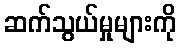
ဆက်သွယ်မှုများကို